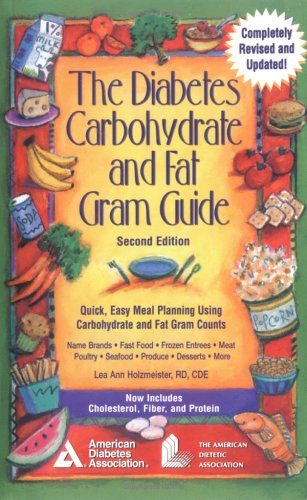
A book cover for The Diabetes Carbohydrate and Fat Gram Guide : Quick, Easy Meal Planning Using Carbohydrate and Fat Gram Counts; Lea Ann Holzmeister; Health, Fitness & Dieting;